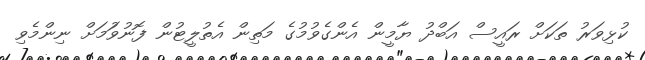
ކުޅިވަރު ތަކަށް ރައީސް އަބްދު ޔާމީން އެންގެވުމުގެ މަތިން އެތުލީޓުން ފޮނުވަުމަށް ނިންމެވި